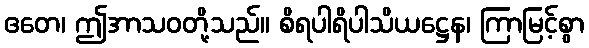
ဧတေ၊ ဤအာသဝတို့သည်။ စိရပါရိပါသိယဋ္ဌေန၊ ကြာမြင့်စွာ